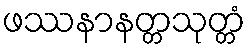
ဖဿနာနတ္တသုတ္တံ